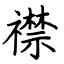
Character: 襟